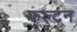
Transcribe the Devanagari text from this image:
फल्टन